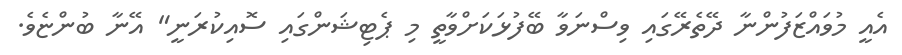
އެއީ މުވައްޒަފުންނާ ދޭތެރޭގައި ވިސްނަވާ ބޭފުޅަކަށްވާތީ މި ޕެޓިޝަންގައި ސޮއިކުރަނީ" އޭނާ ބުންޏެވެ.